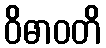
ဝိဓာဝတိ